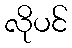
လိုပင်